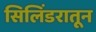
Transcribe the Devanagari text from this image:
सिलिंडरातून